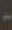
-